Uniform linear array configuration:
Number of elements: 16
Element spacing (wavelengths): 0.75
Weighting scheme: hann
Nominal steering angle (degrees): -45
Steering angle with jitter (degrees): -44.188
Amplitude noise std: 0.05
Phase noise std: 0.05

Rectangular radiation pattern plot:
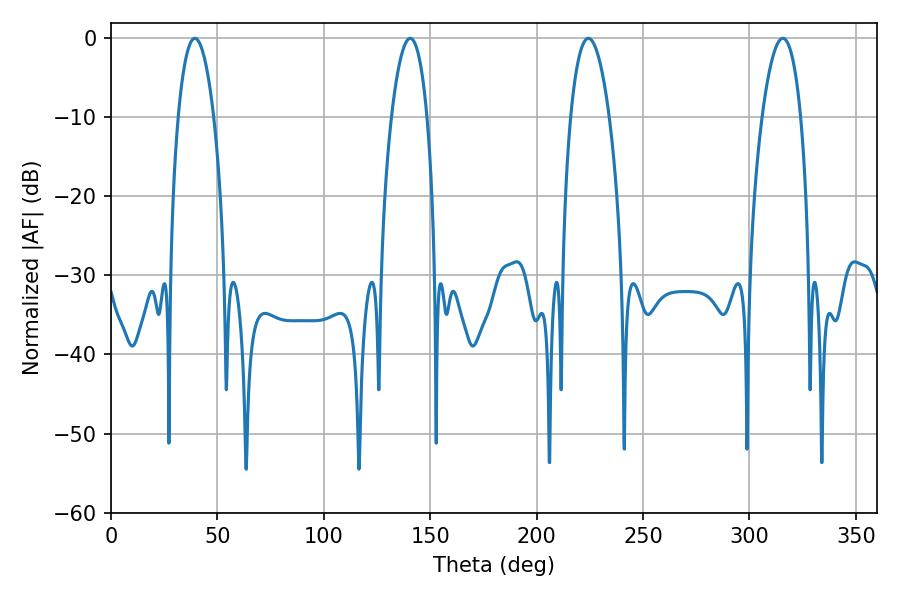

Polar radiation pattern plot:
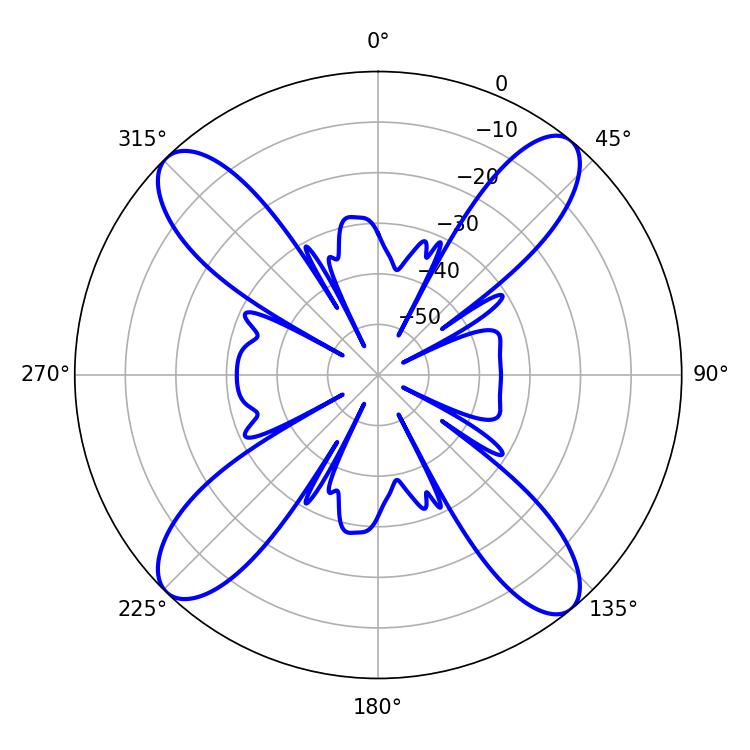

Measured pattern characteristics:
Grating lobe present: TRUE
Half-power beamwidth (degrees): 9.36
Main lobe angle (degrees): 39.42